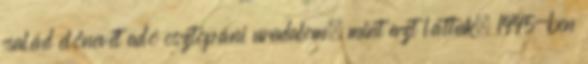
család előnevét adó osztopáni uradalom, mint azt láttuk, 1445-ben